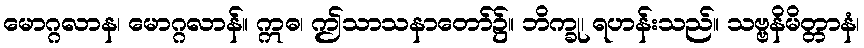
မောဂ္ဂလာန၊ မောဂ္ဂလာန်။ ဣဓ၊ ဤသာသနာတော်၌။ ဘိက္ခု၊ ရဟန်းသည်။ သဗ္ဗနိမိတ္တာနံ၊